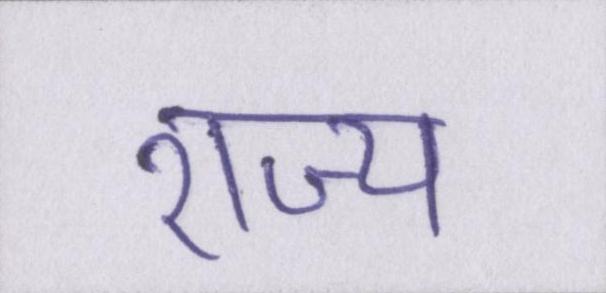
राज्य